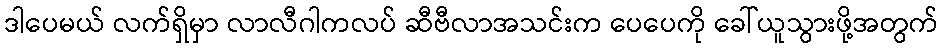
ဒါပေမယ် လက်ရှိမှာ လာလီဂါကလပ် ဆီဗီလာအသင်းက ပေပေကို ခေါ်ယူသွားဖို့အတွက်